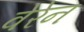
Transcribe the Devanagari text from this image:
वेरेन